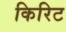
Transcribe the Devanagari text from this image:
किरिट